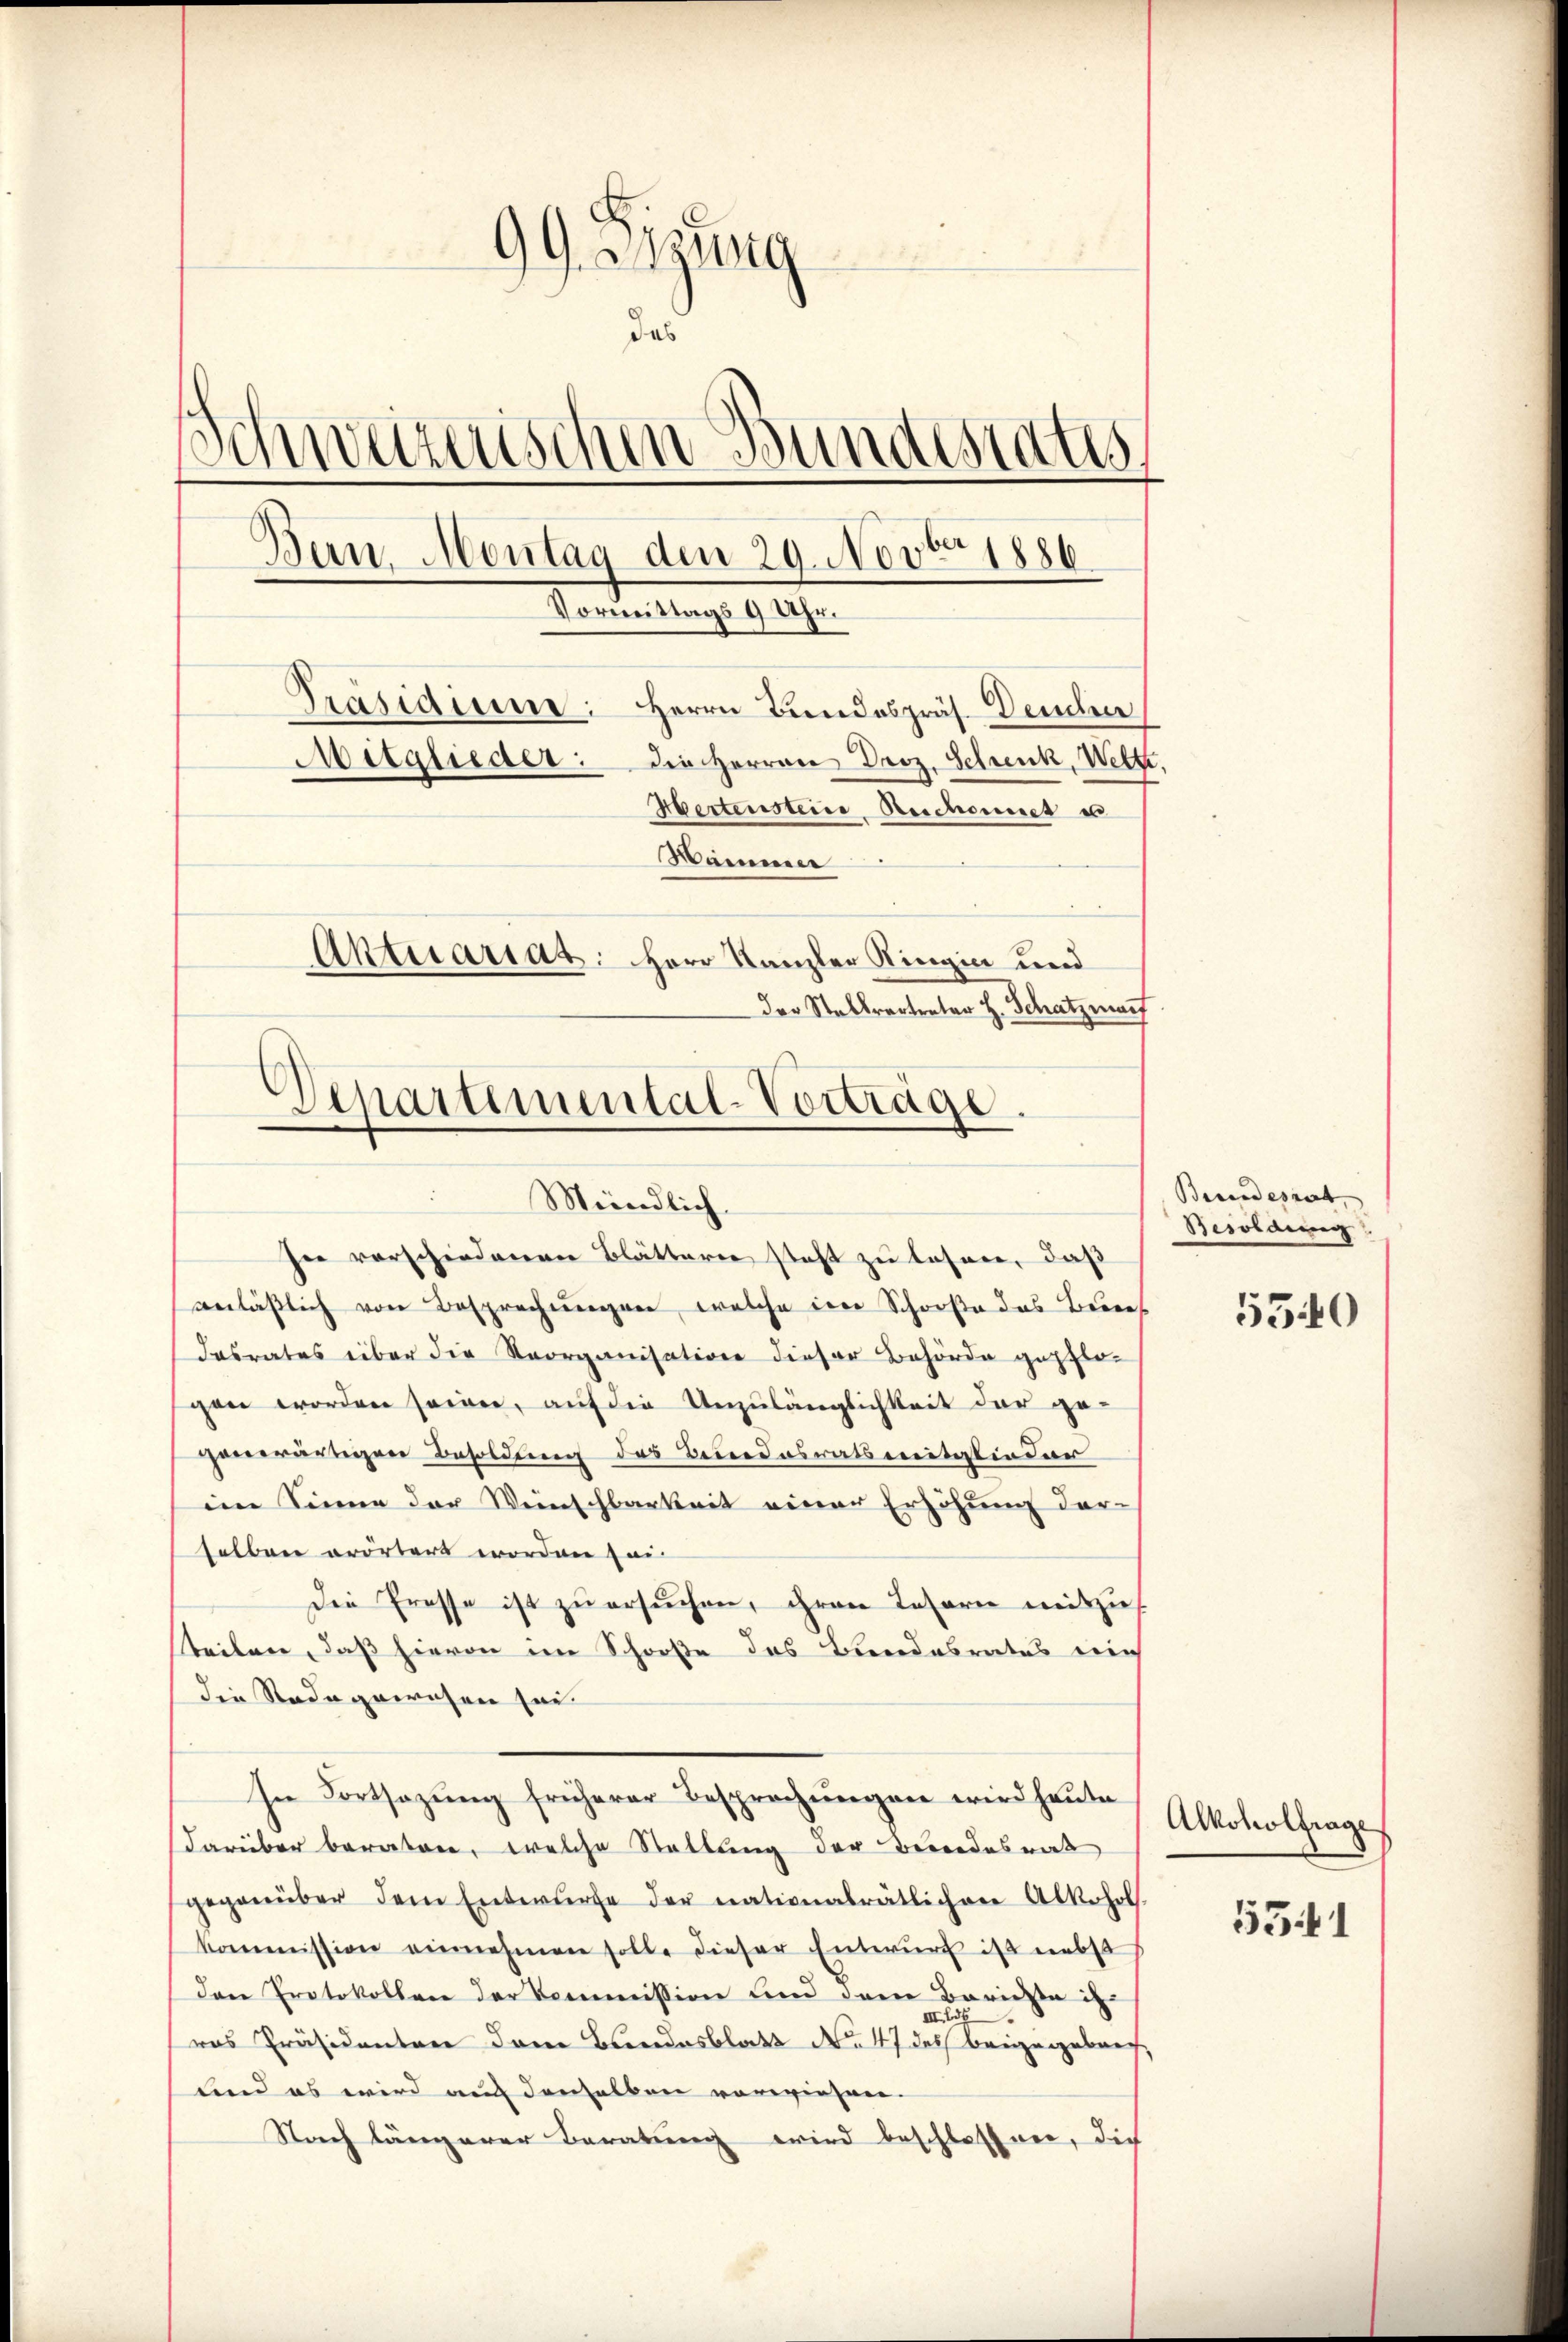
99. Bzwig
das
Schweizerischen Bundestatis
Bern, Montag den 29. Novbr 1886
Vormittags 9 Uhr.
Präsidiume: Herrn Bundespräs. Deucher
Mitglieder: die Herren Droz. Schrenk, Wette,
Hertensteine Reichennet e
Hammer
Aktuariat: Herr Kanzler Ringia und
Der Stellvertreter H. Schatzman

Departemental-Vorträge
Meindlich
In verschiedenen Blättern steht zu lesen, daß

anläβlich von Besprechŭngen, welche im Schooße das Bere
dasrates über die Reorganisation dieser Behörde gepflo-
gen worden seien, auf die Unzulänglichkeit der gegenwärtigen Besoldung des Benedosratsmitatiodar
im Sinne der Weinschbarkeit einer Erhöhung derselben erörtert worden sei.
Die Presse ist zŭ ersŭchen, ihren Taferne mitzus
tteilen, daß hievon im Schooße des Bundesratus mich
die Rede gewesen san
In Fortsazung früherer Besprechungen wird heute
darüber beraten, welche Stellung der Beendesrat
gegenüber dem Entwurfe der nationalrätlichen Alkohol.
kommission einnahmen solle dieser Entwurf ist nebst
dan Protokollen der Kommission und dem Barida is
III. 156
ras Präsidenten dem Bundesblatt No 47 des beigegeben,
und es wird auch denselben vorwiesen.
Nach längerer Beratung wird beschlossen, die

Beundesrat
Besoldung

5340

Alkoholfrage,

1341